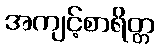
အကျင့်စာရိတ္တ